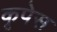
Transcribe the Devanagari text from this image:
कृपेस